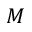
\boldsymbol { M }